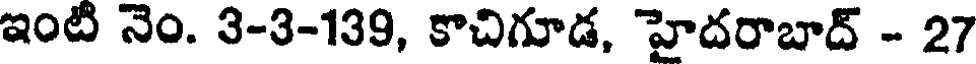
ఇంటి నెం. 3-3-139, కాచిగూడ, హైదరాబాద్ - 27